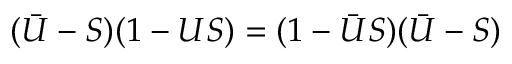
( \bar { U } - S ) ( 1 - U S ) = ( 1 - \bar { U } S ) ( \bar { U } - S )